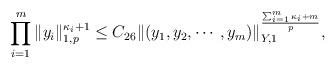
LaTeX: \begin{align*} \prod_{i = 1}^{m} \|y_i\|_{1, p}^{\kappa_i + 1}\leq C_{26}\|(y_1, y_2, \cdots, y_m)\|_{Y,1}^{\frac{\sum_{i = 1}^{m}\kappa_i + m}{p}},\end{align*}